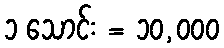
၁ သောင်း = ၁၀,၀၀၀